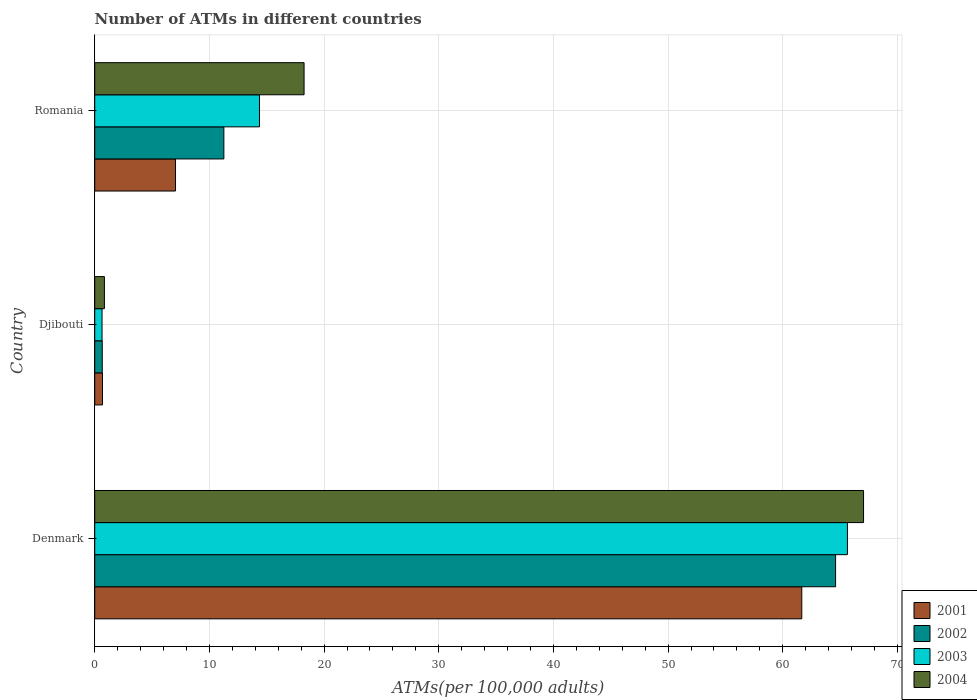
| Country | 2001 | 2002 | 2003 | 2004 |
 | --- | --- | --- | --- | --- |
 | Denmark | 61.7 | 64.6 | 65.6 | 67 |
 | Djibouti | 0.676 | 0.656 | 0.638 | 0.844 |
 | Romania | 7.04 | 11.3 | 14.4 | 18.3 |